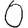
Digit: 0